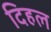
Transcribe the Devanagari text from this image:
दिहल